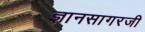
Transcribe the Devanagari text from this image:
ज्ञानसागरजी